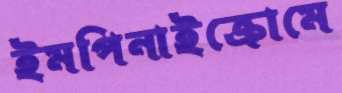
ইমপিনাইক্রোমে